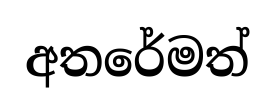
අතරේමත්